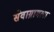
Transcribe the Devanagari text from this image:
सेवाग्रामला